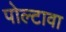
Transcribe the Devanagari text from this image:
पोल्टावा